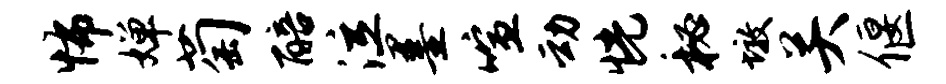
怖婵萄醅泣墨喧动恍秘墩关偃